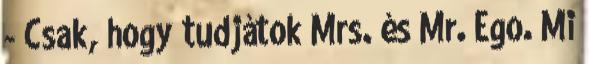
- Csak, hogy tudjátok Mrs. és Mr. Ego. Mi